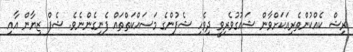
ރިޝް ކެއްކުންތެރިއަކަށްވާން ޝައުގުވެރިވީ ދިވެހި ޝެފުންގެ މަސައްކަތްތައް ފެނިގެންނެވެ. ޝެފް ޒިޔާން އާއި